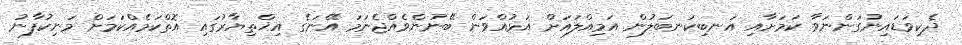
ދެކިވަޑައިނުގަންނަވާ ކަމަށާއި އަނބިކަނބަލުން އަމިއްލައަށް އަޅުއްވަން ބޭނުންވެއްޖެނަމަ އޭނަގެ އިޚްތިޔާރުގައި އޮތްކަމެއްކަމަށް މަނިކުފާނު